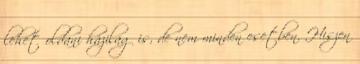
lehet oldani házilag is, de nem minden esetben. Hiszen